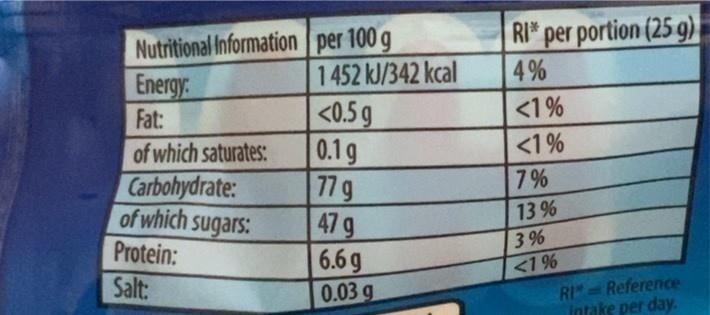
RI* per portion (25 g),
Nutritional Information per 100 g 1452 kJ/342 kcal <0.5 g 0.1g 77 g 479 6.6 g
4%
Energy Fat:
<1%
of which saturates: Carbohydrate: of which sugars:
<1%
7 %
13 %
3 %
Protein: Salt:
<1%
RI Reference intake per day.
0.03 g